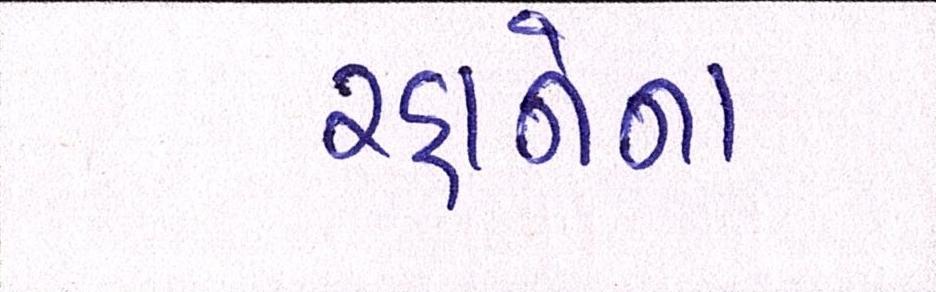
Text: રહાનેના